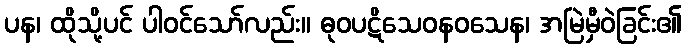
ပန၊ ထိုသို့ပင် ပါဝင်သော်လည်း။ ဓုဝပဋိသေဝနဝသေန၊ အမြဲမှီဝဲခြင်း၏